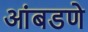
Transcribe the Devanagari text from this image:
आंबडणे